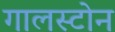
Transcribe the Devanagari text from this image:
गालस्टोन